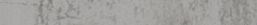
محل بيع الساعات الفاخرة و